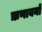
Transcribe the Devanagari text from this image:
ऋणायनों